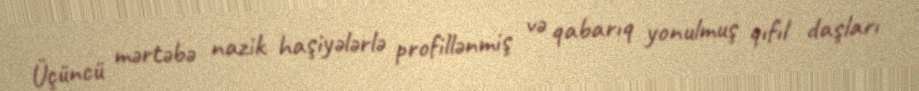
Üçüncü mərtəbə nazik haşiyələrlə profillənmiş və qabarıq yonulmuş qıfıl daşları